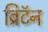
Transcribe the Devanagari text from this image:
ब्रिटॅन